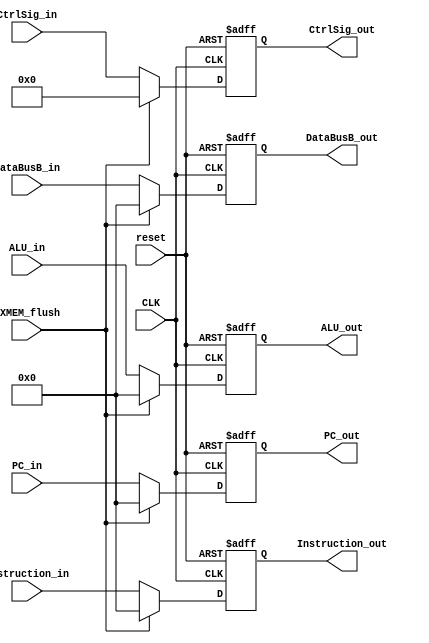
module EXMEM(
	input CLK,
	input reset,
	input EXMEM_flush,
	input [31:0] PC_in,
	input [31:0] Instruction_in,
	input [20:0] CtrlSig_in,
	input [31:0] DataBusB_in,
	input [31:0] ALU_in,
	
	output reg [31:0] PC_out,
	output reg [31:0] Instruction_out,
	output reg [20:0] CtrlSig_out,
	output reg [31:0] DataBusB_out,
	output reg [31:0] ALU_out
	);
	always@(posedge CLK,negedge reset)
	begin
		if (~reset) 
		begin
			PC_out				<= 32'b0; 
			Instruction_out		<= 32'b0; 
			CtrlSig_out			<= 21'b0;
			DataBusB_out		<= 32'b0; 
			ALU_out				<= 32'b0;
		end
		else if (EXMEM_flush)
		begin
			PC_out				<= 32'b0; 
			Instruction_out		<= 32'b0; 
			CtrlSig_out			<= 21'b0;
			DataBusB_out		<= 32'b0; 
			ALU_out				<= 32'b0;
		end
		else 
		begin
			PC_out			<= PC_in;
			Instruction_out	<= Instruction_in;
			CtrlSig_out		<= CtrlSig_in;
			DataBusB_out	<= DataBusB_in;
			ALU_out			<= ALU_in;
		end
	end
endmodule